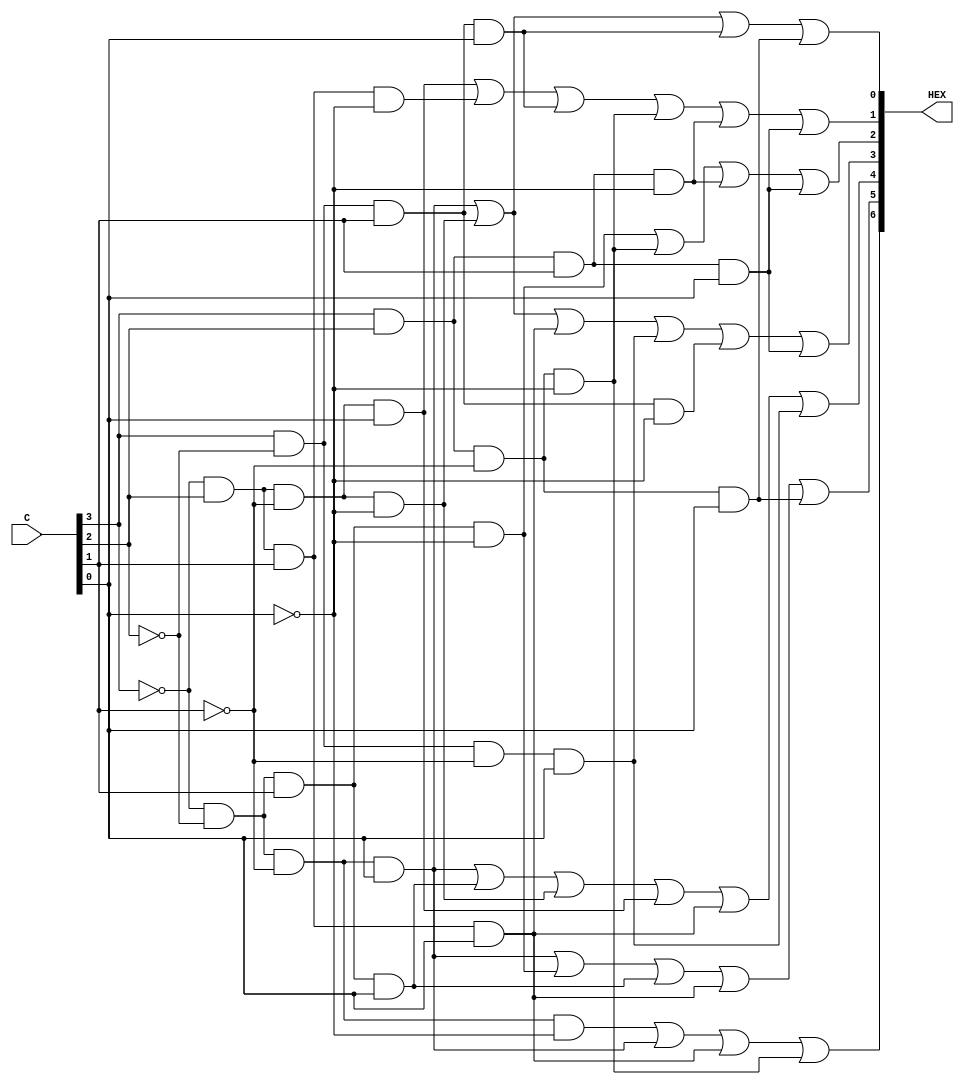
module seg7(input [3:0]C, output [6:0]HEX);
	assign HEX[0] = ((~C[3] & ~C[2] & ~C[1] & C[0]) | (~C[3] & C[2] & ~C[1]  & ~C[0]) | (C[3] & ~C[2] & C[1] & C[0]) | (C[3] & C[2] & ~C[1] & C[0]));
	assign HEX[1] = ((~C[3] & C[2] & ~C[1] & C[0]) | (~C[3] & C[2] & C[1] & ~C[0]) | (C[3] & ~C[2] & C[1] & C[0]) | (C[3] & C[2] & ~C[1] & ~C[0]) | (C[3] & C[2] & C[1] & ~C[0]) | (C[3] & C[2] & C[1] & C[0]));
	assign HEX[2] = ((~C[3] & ~C[2] & C[1] & ~C[0]) | (C[3] & C[2] & ~C[1] & ~C[0]) | (C[3] & C[2] & C[1] & ~C[0]) | (C[3] & C[2] & C[1] & C[0]));
	assign HEX[3] = ((~C[3] & ~C[2] & ~C[1] & C[0]) | (~C[3] & C[2] & ~C[1] & ~C[0]) | (~C[3] & C[2] & C[1] & C[0]) | (C[3] & ~C[2] & ~C[1] & C[0]) | (C[3] & ~C[2] & C[1] & ~C[0]) | (C[3] & C[2] & C[1] & C[0]));
	assign HEX[4] = ((~C[3] & ~C[2] & ~C[1] & C[0]) | (~C[3] & ~C[2] & C[1] & C[0]) | (~C[3] & C[2] & ~C[1] & ~C[0]) | (~C[3] & C[2] & ~C[1] & C[0]) | (~C[3] & C[2] & C[1] & C[0]) | (C[3] & ~C[2] & ~C[1] & C[0]));
	assign HEX[5] = ((~C[3] & ~C[2] & ~C[1] & C[0]) | (~C[3] & ~C[2] & C[1] & ~C[0]) | (~C[3] & ~C[2] & C[1] & C[0]) | (~C[3] & C[2] & C[1] & C[0]) | (C[3] & C[2] & ~C[1] & C[0]));
	assign HEX[6] = ((~C[3] & ~C[2] & ~C[1] & ~C[0]) | (~C[3] & ~C[2] & ~C[1] & C[0]) | (~C[3] & C[2] & C[1] & C[0]) | (C[3] & C[2] & ~C[1] & ~C[0]));
endmodule

module dflipflop(d, q, clock, reset);
	input reset;
	input clock;
	input d;
	output reg q;
	always @(negedge reset, posedge clock)
	begin
		if(reset==0)
			q <= 1'b0;
		else
			q <= d;
	end
endmodule

module tflipflop(t, q, clock, reset);
	input t;
	output q;
	input clock;
	input reset;
	dflipflop dffIn(t^q, q, clock, reset);
endmodule

module counter4Bit(SW, KEY, HEX0, HEX1, LEDR);
	input [1:0]SW;
	input [1:0]KEY;
	output [6:0]HEX0, HEX1;
	output [9:0]LEDR;
	wire [7:0]numCount;
	assign enable = SW[1];
	assign clock = KEY[0];
	assign resetb = SW[0];
	wire [7:0]q;
	tflipflop u1(enable, q[0], clock, resetb);
	tflipflop u2(enable&q[0], q[1], clock, resetb);
	tflipflop u3(enable&q[0]&q[1], q[2], clock, resetb);
	tflipflop u4(enable&q[0]&q[1]&q[2], q[3], clock, resetb);
	tflipflop u5(enable&q[0]&q[1]&q[2]&q[3], q[4], clock, resetb);
	tflipflop u6(enable&q[0]&q[1]&q[2]&q[3]&q[4], q[5], clock, resetb);
	tflipflop u7(enable&q[0]&q[1]&q[2]&q[3]&q[4]&q[5], q[6], clock, resetb);
	tflipflop u8(enable&q[0]&q[1]&q[2]&q[3]&q[4]&q[5]&q[6], q[7], clock, resetb);
	
	seg7 display1(q[3:0],HEX0);
	seg7 display2(q[7:4],HEX1);
	
	assign LEDR[7:0]=q[7:0];
endmodule